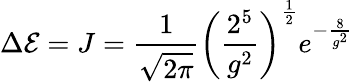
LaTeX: \Delta{\cal E}=J=\frac{1}{\sqrt{2\pi}}\left(\frac{2^{5}}{g^{2}}\right)^{\frac 12}e^{-\frac{8}{g^{2}}}